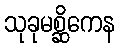
သုခုမစ္ဆိကေန